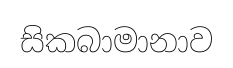
සිකබාමානාව